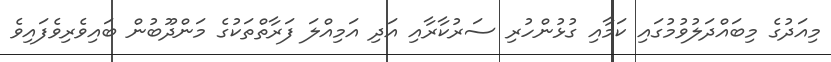
މިއަދުގެ މިބައްދަލުވުމުގައި ކަމާއި ގުޅުންހުރި ސަރުކާރާއި އަދި އަމިއްލަ ފަރާތްތަކުގެ މަންދޫބުން ބައިވެރިވެފައިވެ